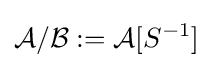
{\mathcal {A}}/{\mathcal {B}}:={\mathcal {A}}[S^{-1}]